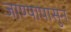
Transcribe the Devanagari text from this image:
जाण्यापासुन